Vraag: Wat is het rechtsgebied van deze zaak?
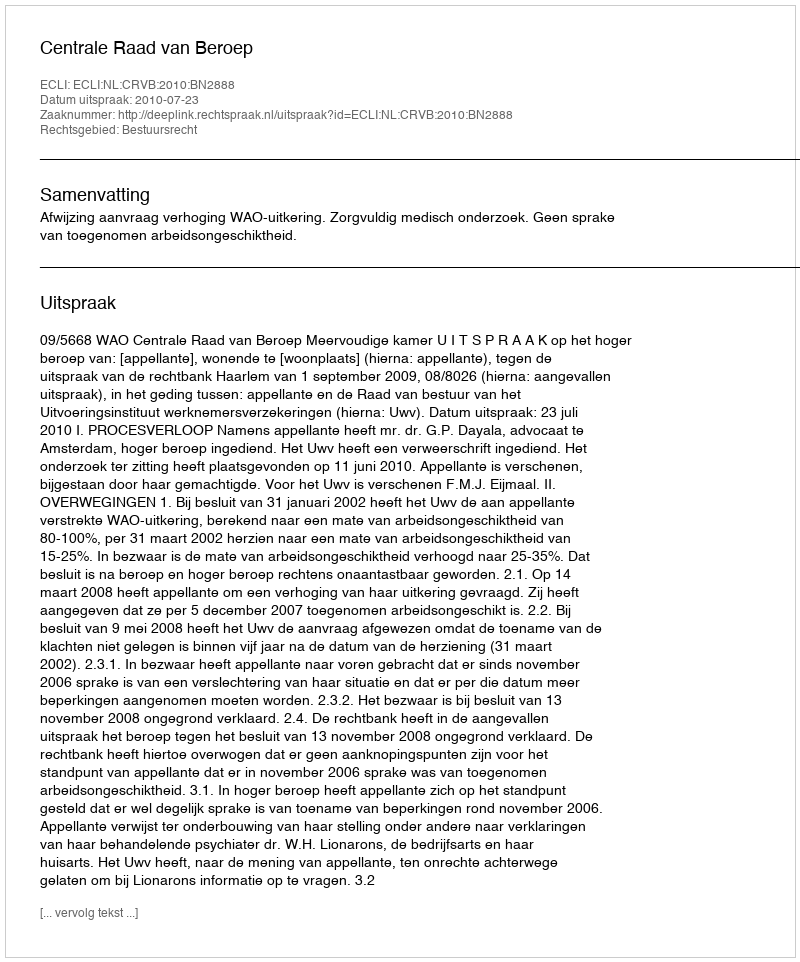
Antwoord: Bestuursrecht